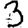
Digit: 3